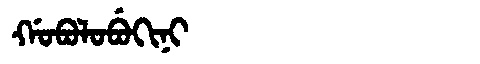
Manchu: ᡤᠣᠪᠣᠯᠣᠪᡠᡴᡳᠨᡳ
Romanization: GOBOLOBUKINI